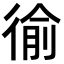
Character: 𢔢